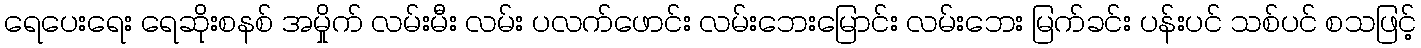
ရေပေးရေး ရေဆိုးစနစ် အမှိုက် လမ်းမီး လမ်း ပလက်ဖောင်း လမ်းဘေးမြောင်း လမ်းဘေး မြက်ခင်း ပန်းပင် သစ်ပင် စသဖြင့်